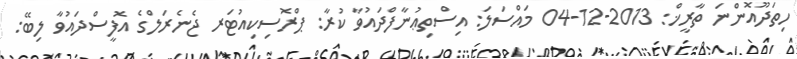
ހިތަދޫއޮންނަ ތާރީޚް: 2013-12-04 މައްސަލަ: އިސްތިޢުނާފްދައުވާ ކުރާ: ޕްރޮސިކިއުޓަރ ޖެނެރަލްގެ އޮފީސްދައުވާ ލިބޭ: